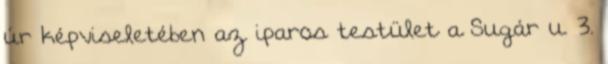
úr képviseletében az iparos testület a Sugár u. 3.